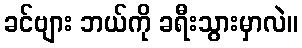
ခင်ဗျား ဘယ်ကို ခရီးသွားမှာလဲ။